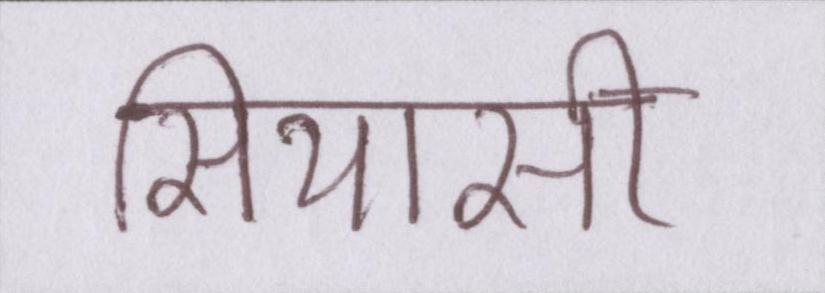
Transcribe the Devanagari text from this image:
सियासी